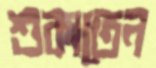
শুকাতেন